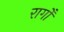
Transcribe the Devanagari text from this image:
रागोँ